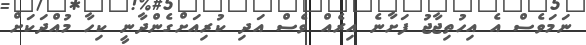
ނަމަވެސް އެ އިހުތިޖާޖު ފަށާނެ އިރެއް ވެސް އަދި ކުރިއަށްގެންދާނީ ކިހާ މުއްދަކަށް